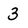
Character: 3